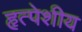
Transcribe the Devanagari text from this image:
हृत्पेशीय